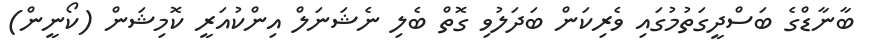
ބާނާޑްގެ ބަސްދީގަތުމުގައި ވެރިކަން ބަދަލުވި ގޮތް ބެލި ނެޝަނަލް އިންކުއަރީ ކޮމިޝަން (ކޯނީން)